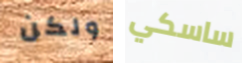
ولكن ساسكي